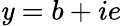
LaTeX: \mathit{y}=b+ie